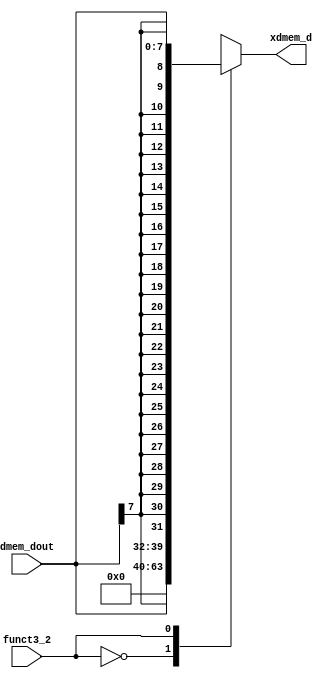
`timescale 1ns / 1ps
//////////////////////////////////////////////////////////////////////////////////
// 
// 
// Design Name:    Load_unit
// Module Name:    Load_unit
// Project Name:   RISCV_RV32I_core
// Target Devices: Nexys 4 DDR
// 
// Description: sx or zx data mem output based on bit 2 of funct 3
//                       +---------------------+
//             dmem_dout-|                     |-> xdmem_d
//              funct3_2-|       Load          |
//                       |       unit          |
//                       |                     |
//                       +---------------------+
// 
// Dependencies: none
// 
// Revision:
// Revision 0.01 - File Created
// Additional Comments:
// 
//////////////////////////////////////////////////////////////////////////////////

module Load_unit(
    input [7:0] dmem_dout,
    input funct3_2,
    output reg [31:0] xdmem_d
    );

    wire [31:0] zx_val = {24'd0, dmem_dout[7:0]};
    wire [31:0] sx_val = {{25{dmem_dout[7]}}, dmem_dout[6:0]};

    always @(*) begin
        case (funct3_2)
            1'b0: xdmem_d <= zx_val;
            1'b1: xdmem_d <= sx_val;
        endcase
    end
endmodule